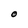
Character: O